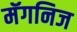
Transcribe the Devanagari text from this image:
मॅगनिज